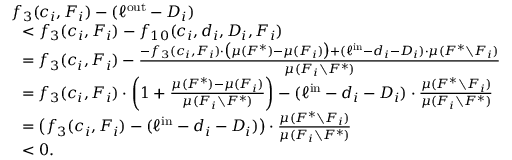
\begin{array} { r l } & { f _ { 3 } ( c _ { i } , F _ { i } ) - ( \ell ^ { \mathrm { o u t } } - D _ { i } ) } \\ { } & { ~ ~ < f _ { 3 } ( c _ { i } , F _ { i } ) - f _ { 1 0 } ( c _ { i } , d _ { i } , D _ { i } , F _ { i } ) } \\ { } & { ~ ~ = f _ { 3 } ( c _ { i } , F _ { i } ) - \frac { - f _ { 3 } ( c _ { i } , F _ { i } ) \cdot \big ( \mu ( F ^ { * } ) - \mu ( F _ { i } ) \big ) + ( \ell ^ { \mathrm { i n } } - d _ { i } - D _ { i } ) \cdot \mu ( F ^ { * } \setminus F _ { i } ) } { \mu ( F _ { i } \setminus F ^ { * } ) } } \\ { } & { ~ ~ = f _ { 3 } ( c _ { i } , F _ { i } ) \cdot \left( 1 + \frac { \mu ( F ^ { * } ) - \mu ( F _ { i } ) } { \mu ( F _ { i } \setminus F ^ { * } ) } \right) - ( \ell ^ { \mathrm { i n } } - d _ { i } - D _ { i } ) \cdot \frac { \mu ( F ^ { * } \setminus F _ { i } ) } { \mu ( F _ { i } \setminus F ^ { * } ) } } \\ { } & { ~ ~ = \big ( f _ { 3 } ( c _ { i } , F _ { i } ) - ( \ell ^ { \mathrm { i n } } - d _ { i } - D _ { i } ) \big ) \cdot \frac { \mu ( F ^ { * } \setminus F _ { i } ) } { \mu ( F _ { i } \setminus F ^ { * } ) } } \\ { } & { ~ ~ < 0 . } \end{array}